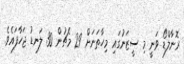
ރޮނާލްޑޯ ވަނީ މި ސީޒަނުގައި މިހާތަނަށް 29 މެޗުން 30 ލަނޑު ޖަހާފައެވެ.